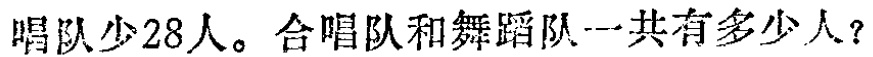
唱队少28人。合唱队和舞蹈队一共有多少人？